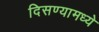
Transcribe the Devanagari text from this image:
दिसण्यामध्ये